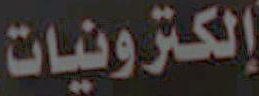
إلكترونيات